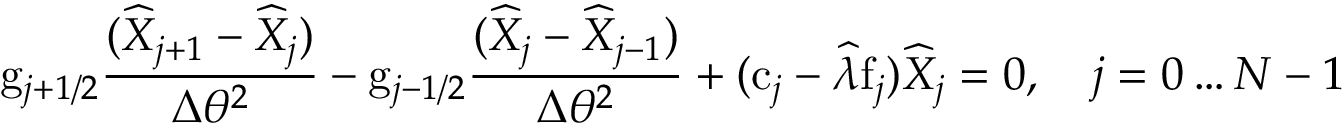
\mathrm { g } _ { j + 1 / 2 } \frac { ( \widehat { X } _ { j + 1 } - \widehat { X } _ { j } ) } { \Delta \theta ^ { 2 } } - \mathrm { g } _ { j - 1 / 2 } \frac { ( \widehat { X } _ { j } - \widehat { X } _ { j - 1 } ) } { \Delta \theta ^ { 2 } } + ( \mathrm { c } _ { j } - \widehat { \lambda } \mathrm { f } _ { j } ) \widehat { X } _ { j } = 0 , \quad j = 0 \ldots N - 1